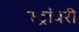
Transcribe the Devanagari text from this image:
स्ट्रॉबरी